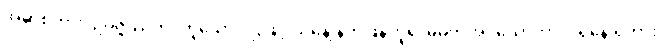
အမှာစကား၊ ဥပ္ပဇ္ဇဿတိ၊ ဟူသောပါဌ်ဖြင့် ယနေ့ နက်ဖြန်ဟူ၍ မမှတ်အပ်သောကာလရှိနေ ရကား